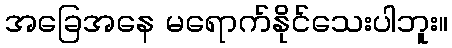
အခြေအနေ မရောက်နိုင်သေးပါဘူး။